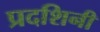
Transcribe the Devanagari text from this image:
प्रदशिनी